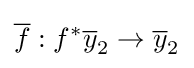
{\overline {f}}:f^{*}{\overline {y}}_{2}\to {\overline {y}}_{2}